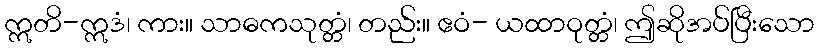
ဣတိ-ဣဒံ၊ ကား။ သာဓကသုတ္တံ၊ တည်း။ ဧဝံ- ယထာဝုတ္တံ၊ ဤဆိုအပ်ပြီးသော